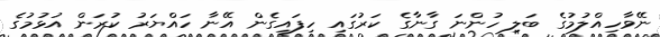
ނޭވާހިއްލުމުގެ ބަލި ހުންނަ ގާނާގެ ކަރުގައި ހިފައިގެން އޭނާ ހައްޔަރު ކުރަން އުޅުމުގެ